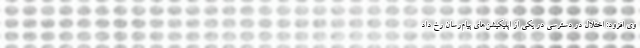
وی افزود: اختلال در دسترسی در یکی از اپلیکیشن‌های پیام‌رسان رخ داد